Calcutta medical institutions reports 1879-81 [i.e.91]
Year: 1879
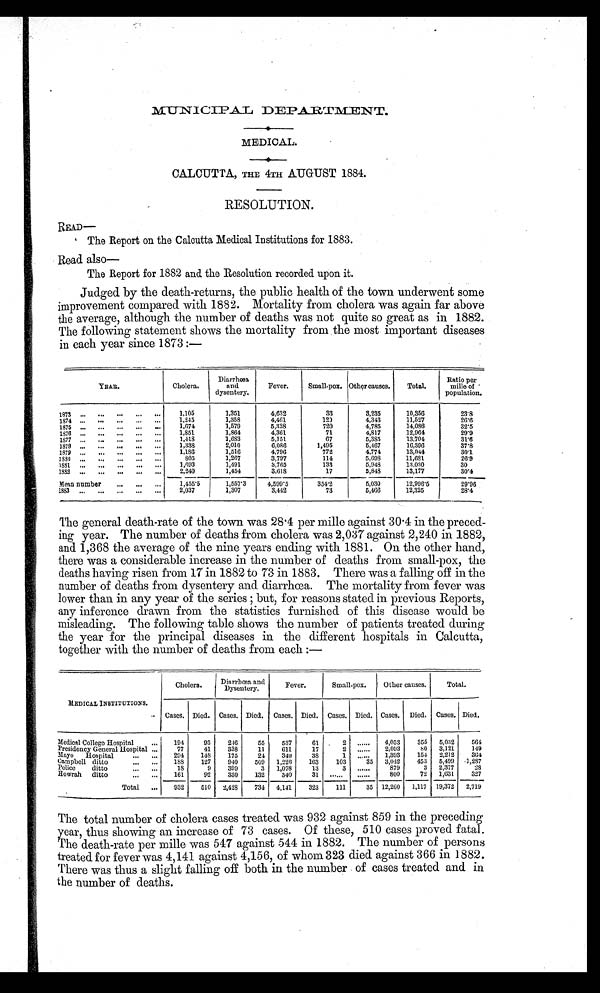
MEDICAL.
CALCUTTA, THE 4TH AUGUST 1884.
RESOLUTION.
READ—
The Report on the Calcutta Medical Institutions for 1883.
Read also
—
The Report for 1882 and the Resolution recorded upon it.
Judged by the death-returns, the public health of the town underwent some
improvement compared with 1882. Mortality from cholera was again far above
the average, although the number of deaths was not quite so great as in 1882.
The following statement shows the mortality from the most important diseases
in each year since 1873:—
YEAR.
Cholera.
Diarrhœa
and
dysentery.
Fever.
Small-pox. Other causes.
Total.
Ratio per
mille of
population.
1873 ... ... ... ... ...
1,105
1,351
4,632
33
3,235
10,356
23.8
1874 ... ... ... ... ...
1,245
1,358
4,461
1 2 0
4,343
11,527
26.6
1875 ... ... ... ... ...
1,674
1,579
5,328
720
4,785
14,086
32.5
1876 ... ... ... ... ...
1,851
1,864
4,361
71
4,817
12,964
29.9
1877 ... ... ... ... ...
1,418
1,683
5,151
67
5,385
13,704
31.6
1878 ... ... ... ... ...
1 , 3 3 8
2,010
6 , 0 8 6
1,495
5 , 4 6 7
16,396
3 7 . 8
1879 ... ... ... ... ...
1,186
1,516
4 , 7 9 6
772
4,774
13,944
3 0 . 1
1880 ... ... ... ... ...
805
1,267
3,797
114
5,698
11,681
2 6 . 9
1881 ... ... ... ... ...
1,693
1,491
3,765
133
5,948
13.030
30
1882 ... ... ... ... ...
2 , 2 4 0
1,454
3,618
17
5,848
13,177
3 0 . 4
Mean number
... ... ...
1,455.5
1,557.3
4,599.5
3 5 4 2
5,030
12, 996. 5
29.96
1883 ... ... ... ... ...
2,037
1,307
3,442
73
5,466
12,325
28.4
The general death-rate of the town was 28.4 per mille against 30.4 in the preced-
ing year. The number of deaths from cholera was 2,037 against 2,240 in 1882,
and 1,368 the average of the nine years ending with 1881. On the other hand,
there was a considerable increase in the number of deaths from small-pox, the
deaths having risen from 17 in 1882 to 73 in 1883. There was a falling off in the
number of deaths from dysentery and diarrhœa. The mortality from fever was
lower than in any year of the series;but, for reasons stated in previous Reports,
any inference drawn from the statistics furnished of this disease would be
misleading. The following table shows the number of patients treated during
the year for the principal diseases in the different hospitals in Calcutta,
together with the number of deaths from each:—
MEDICAL INSTITUTIONS.
Cholera.
Diarrhœa and
Dysentery.
Fever.
Small-pox.
Other causes.
Total.
Cases. Died. Cases. Died. Cases. Died. Cases. Died. Cases. Died. Cases. Died.
Medical College Hospital
... 194
93
246
55
537
61
2 ...... 4,053
355 5,032
5 6 4
Presidency General Hospital ...
77
41
338
11
611
17
2 ......
2,093
8 0 3,121
1 4 9
Mayo Hospital
... ...
2 9 4 148
175
24
349
38
1
. . . . . . 1,393
154 2,212
364
Campbell ditto
... ...
188
127
940
509 1,226
163
103
35 3,042
453 5,499 1,287
Police ditto
... ...
18
9
399
3 1,078
13
3 ......
879
3 2,377
28
Howrah ditto
... ...
161
92
330
132
340
31 .....
...... 800
72 1,631
327
Total ...
932
510 2,428
734 4,141
323
111
35 12,260 1,117 19,372 2,719
The total number of cholera cases treated was 932 against 859 in the preceding
year, thus showing an increase of 73 cases. Of these, 510 cases proved fatal.
The death-rate per mile was 547 against 544 in 1882. The number of persons
treated for fever was 4,141 against 4,156, of whom 323 died against 366 in 1882.
There was thus a slight falling off both in the number of cases treated and in
the number of deaths.